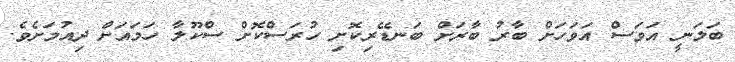
ބަލަނީ އަވަސް އަވަހަށް ބާރު ބާރަށް ބަނޑޭރިކޮށި ހުރަސްކޮށް ސްކޫލާ ހަމައަށް ދިއުމަށެވެ.